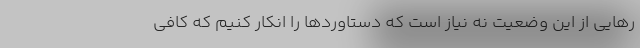
رهایی از این وضعیت نه نیاز است که دستاوردها را انکار کنیم که کافی